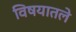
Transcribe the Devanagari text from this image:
विषयातले